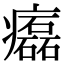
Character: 𤻳